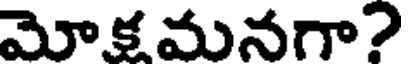
మోక మనగా?